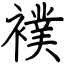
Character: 襆